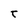
Character: T